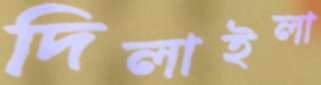
দিলাইলা